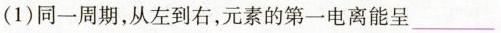
(1)同一周期，从左到右，元素的第一电离能呈___